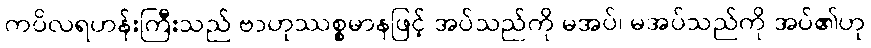
ကပိလရဟန်းကြီးသည် ဗာဟုဿစ္စမာနဖြင့် အပ်သည်ကို မအပ်၊ မအပ်သည်ကို အပ်၏ဟု